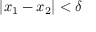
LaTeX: | x _ { 1 } - x _ { 2 } | < \delta